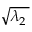
\sqrt { \lambda _ { 2 } \, }